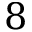
8